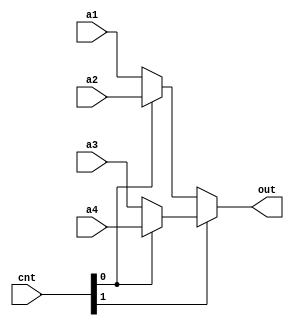
module Mux4(a1, a2, a3, a4, cnt, out);
    input [31:0] a1, a2, a3, a4;
    input [1:0] cnt;
    output [31:0] out;
    assign out = cnt[1] ? (cnt[0] ? a4 : a3) : cnt[0] ? a2 : a1;
endmodule